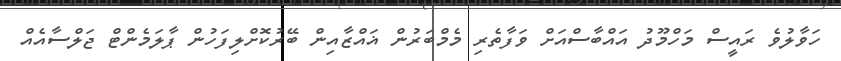
ހަވާލުވެ ރައީސް މަހްމޫދު އައްބާސްއަށް ވަފާތެރި މެމްބަރުން ޣައްޒާއިން ބޭރުކޮށްލިފަހުން ޕާލަމެންޓް ޖަލްސާއެއް